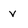
Character: v